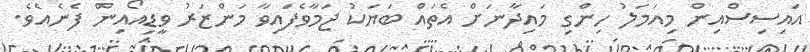
އައިސިސްއިން މިއަމަލު ހިންގި މައިދާނަށް އެތައް ބަޔަކު ޖަމާވެފައިވާ މަންޒަރު ވީޑިއޯއިން ފެނެއެވެ.